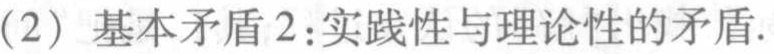
(2) 基本矛盾2：实践性与理论性的矛盾.